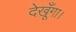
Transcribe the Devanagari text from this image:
देखूँगा।